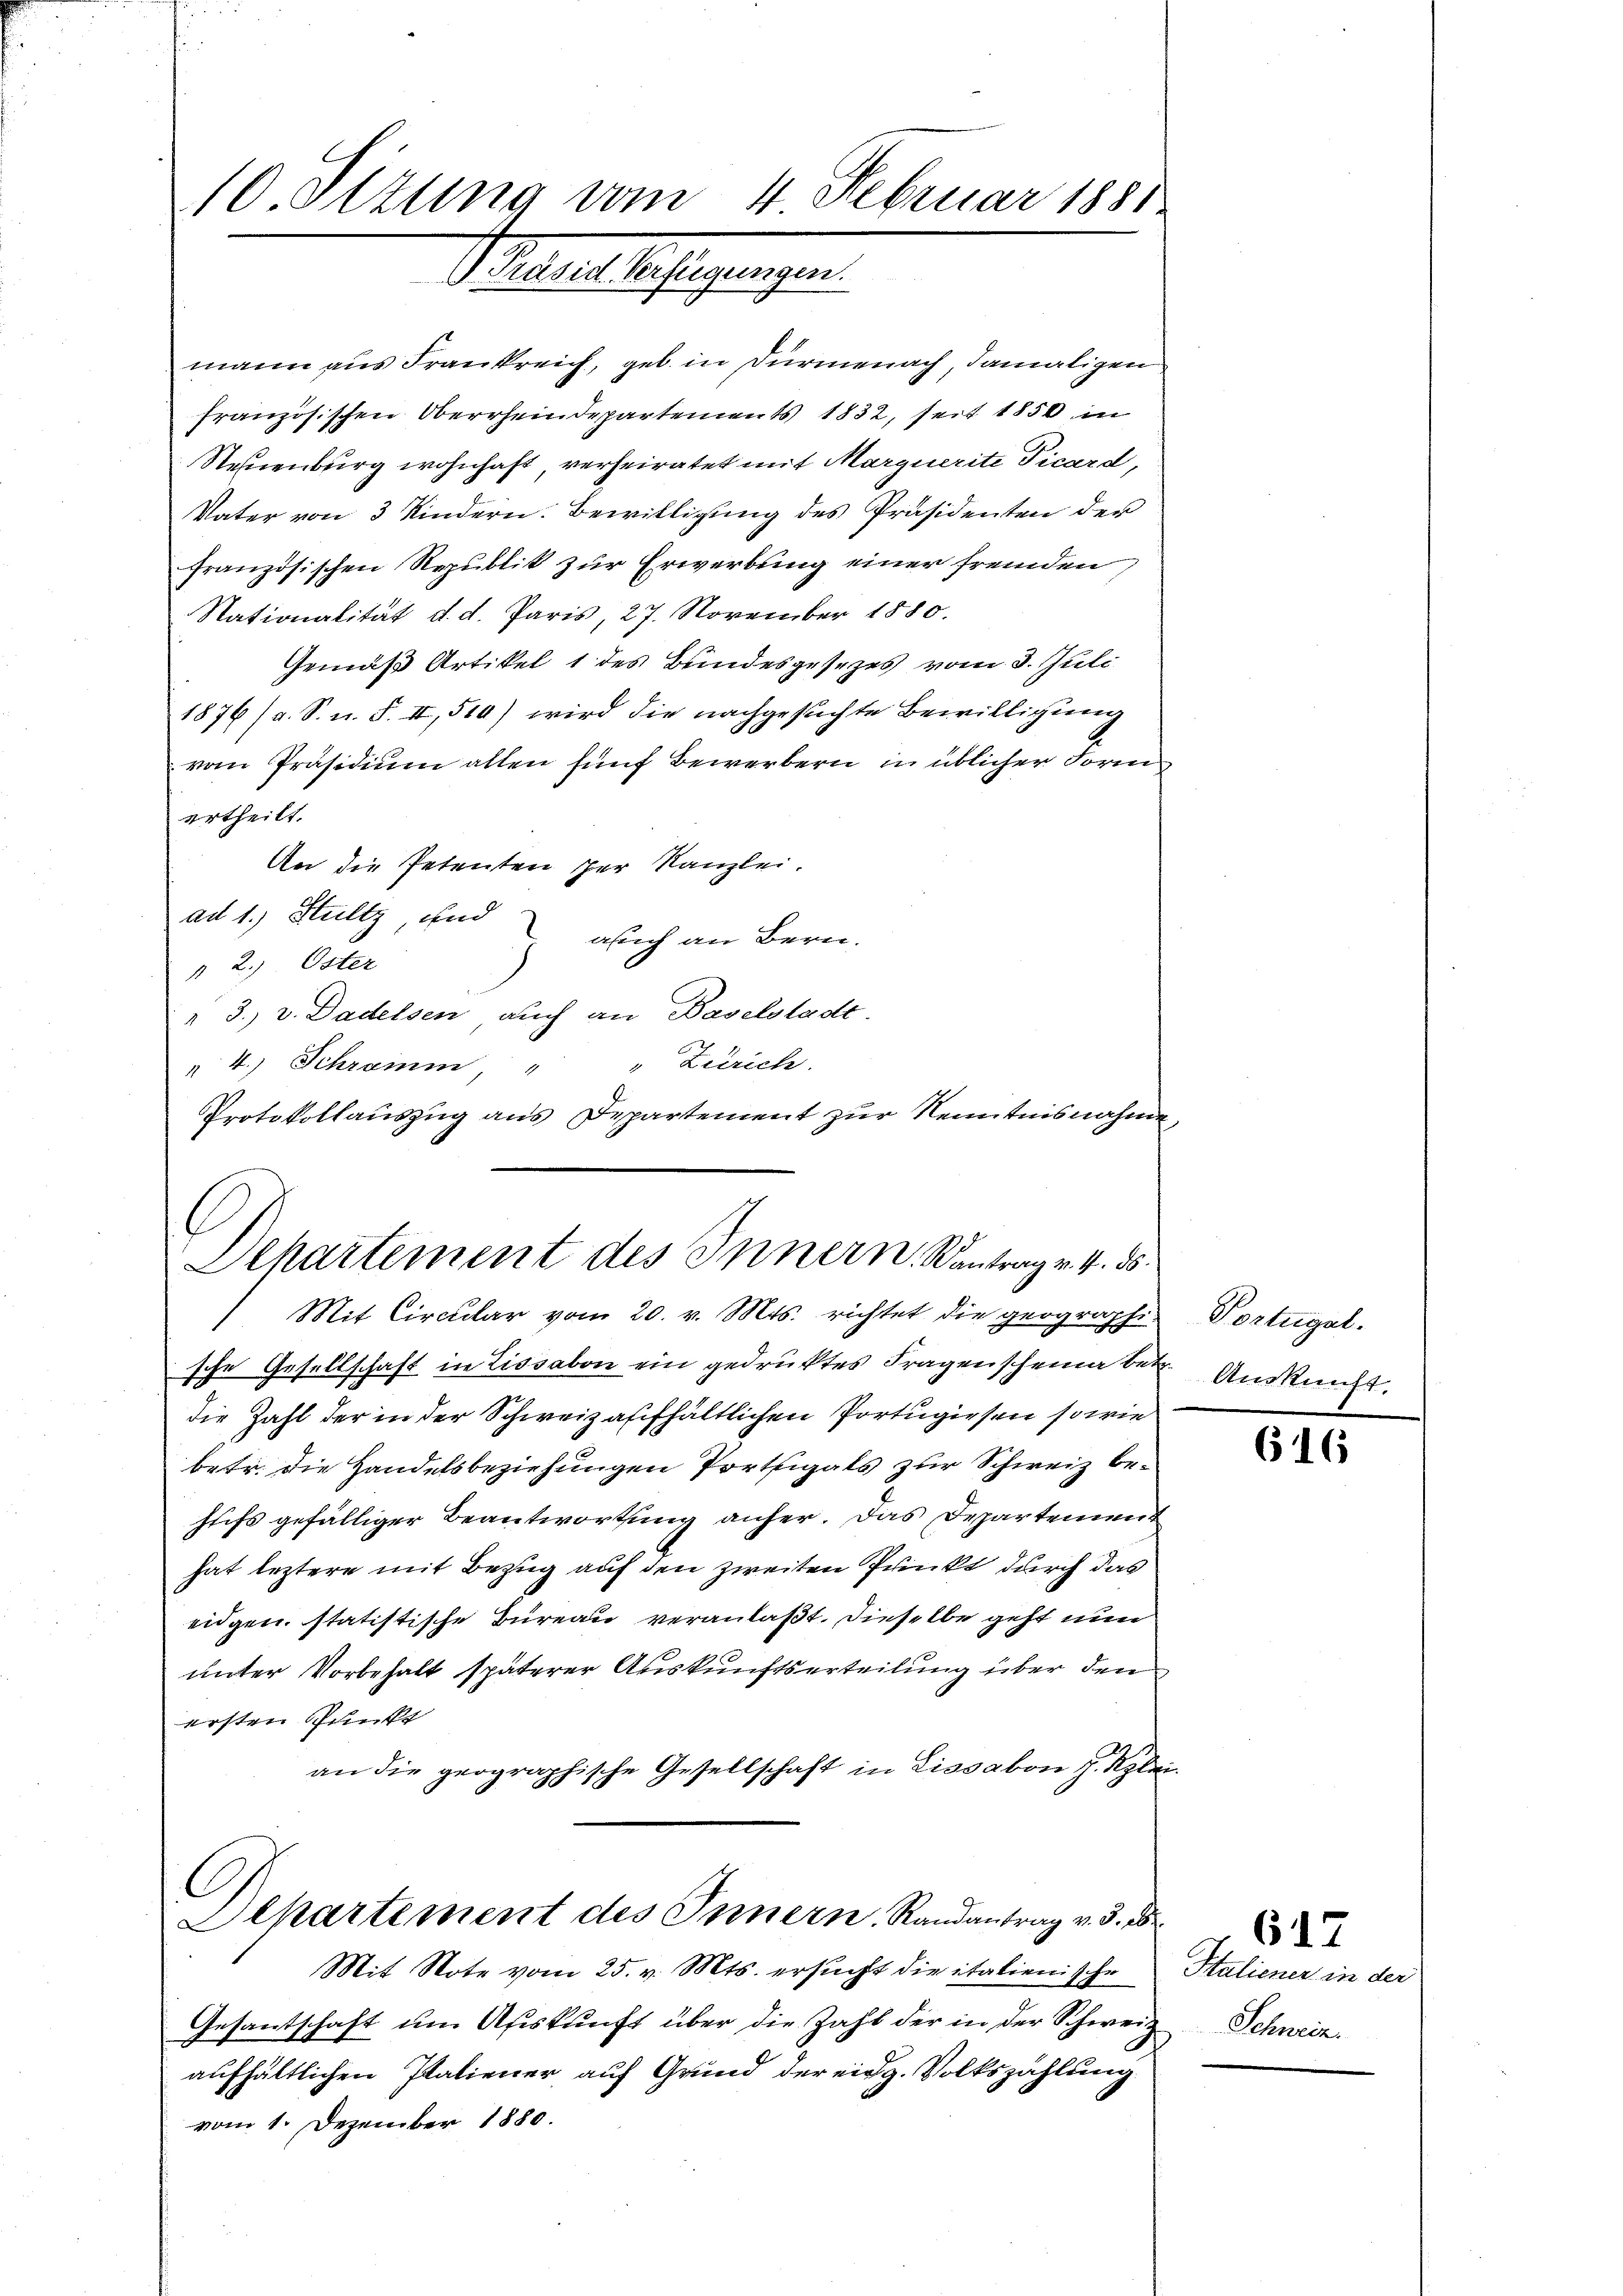
10. Sizung vom 4. Februar 1881
Prheures beifügungen.

mann aus Frankreich, geb. in Dürmenach, damaligen
französischen Oberrheindepartements 1832, seit 1850 in
Stehenburg wohnhaft, verheiratet mit Marquerite Picard,
Vater von 3 Kindern. Bewilligung des Präsidenten der
französischen Republik zur Erwerbung einer fremden
Nationalität d. d. Paris, 27. November 1880.
Gemäß Artikel 1 des Bundesgesezes vom 3. Juli
1876 (a. S. n. F. II, 510) wird die nachgesuchte Bewilligung
vom Präsidium allen fünf Bewerbern in üblicher Form
ertheilt.
An die Petenten der Kanzlei.
ad 1.) Stutz, und
äsich an Bern.
" 2., Öster
" 3. v. Dadelsen auch an Baselstadt.
4.) Schramm, " " Zürich.
Protokollauszug aus Departement zur Kenntnisnahme,

Departement des Innern. Kantrag v. 4. ds.

C
Departement des Innern, Randantrag v. 3. d

) Mit Circular vom 20. v. Mts. richtet die geographi-
sche Gesellschaft in Lissabon ein gedruktes Fragenscheinaben. Auskunft.
die Zahl der in der Schweiz aufhältlichen Portugiesen so wie
betr. die Handelsbeziehungen Portigals zur Schweiz behufs gefälliger Beantwortung anher. Das Departement
hat leztere mit Bezug auf den zweiten Prinkt durch das
eidgen. statistische Bureau veranlaßt. Dieselbe geht nun
unter Vorbehalt späterer Auskunftserteilung über dem
ersten Punkt
an die geographische Gesellschaft in Lissabon J. Klei

Mit Note vom 25. v. Mts. ersucht die italienische
Gesantschaft um Auskunft über die Zahl der in der Schweiz Schweiz.
aufhältlichen Italiener auf Grund der eidg. Volkszählung
vom 1. Dezember 1880.

Portugal.

616

Italiener in der

617